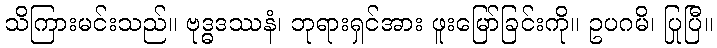
သိကြားမင်းသည်။ ဗုဒ္ဓဒဿနံ၊ ဘုရားရှင်အား ဖူးမြော်ခြင်းကို။ ဥပဂမိ၊ ပြုပြီ။